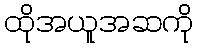
ထိုအယူအဆကို